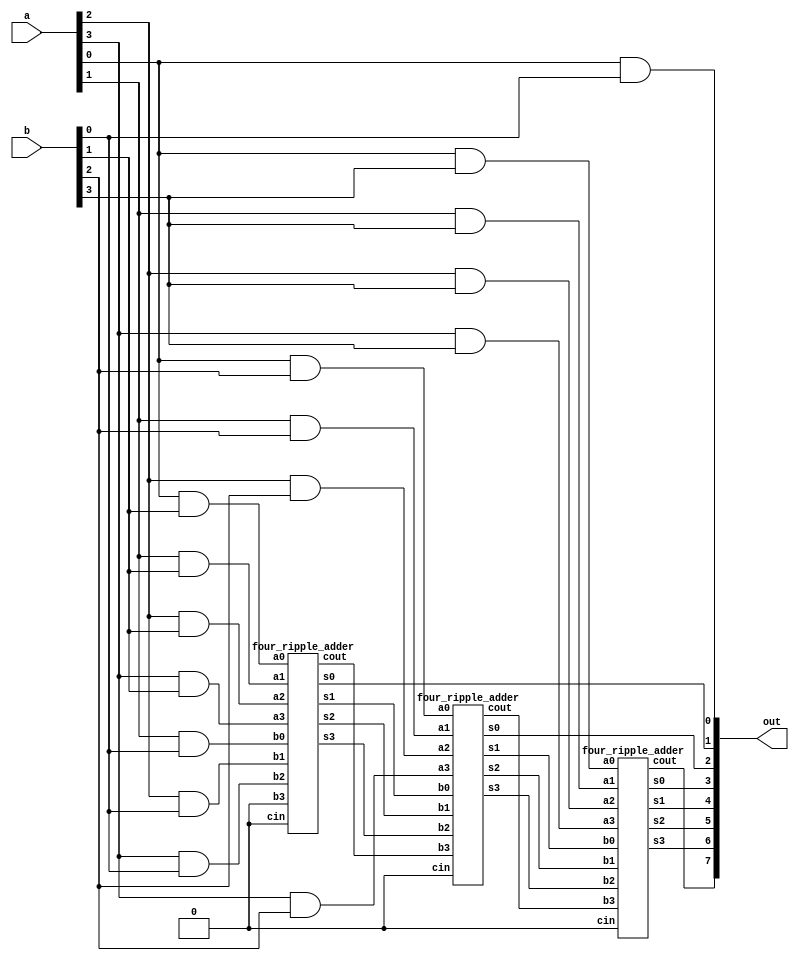
module multiplier_4b(a,b,out);
input [3:0]a;
input [3:0]b;
output [7:0]out;

wire [3:0]w1,w2,w3,w4;
           
assign w1[0]=a[0]&b[0];
assign w1[1]=a[1]&b[0];
assign w1[2]=a[2]&b[0];
assign w1[3]=a[3]&b[0];

assign w2[0]=a[0]&b[1];
assign w2[1]=a[1]&b[1];
assign w2[2]=a[2]&b[1];
assign w2[3]=a[3]&b[1];

assign w3[0]=a[0]&b[2];
assign w3[1]=a[1]&b[2];
assign w3[2]=a[2]&b[2];
assign w3[3]=a[3]&b[2];

assign w4[0]=a[0]&b[3];
assign w4[1]=a[1]&b[3];
assign w4[2]=a[2]&b[3];
assign w4[3]=a[3]&b[3];

wire x1,x2,x3,x4,x5,x6,v1,v2;

assign out[0]=a[0]&b[0];
four_ripple_adder f1(out[1],x1,x2,x3,v1,w2[0],w2[1],w2[2],w2[3],w1[1],w1[2],w1[3],1'b0,1'b0);
four_ripple_adder f2(out[2],x4,x5,x6,v2,w3[0],w3[1],w3[2],w3[3],x1,x2,x3,v1,1'b0);
four_ripple_adder f3(out[3],out[4],out[5],out[6],out[7],w4[0],w4[1],w4[2],w4[3],x4,x5,x6,v2,1'b0);
endmodule

module four_ripple_adder(s0,s1,s2,s3,cout,a0,a1,a2,a3,b0,b1,b2,b3,cin);
input a0,a1,a2,a3,b0,b1,b2,b3;
input cin;
output s0,s1,s2,s3,cout;
wire w0,w1,w2,w3;

fa f1(a0,b0,cin,s0,w0);
fa f2(a1,b1,w0,s1,w1);
fa f3(a2,b2,w1,s2,w2);
fa f4(a3,b3,w2,s3,cout);
endmodule

module fa(x,y,z,sum,out);
input  x,y,z;
output out,sum;
wire w1,w2,w3;

xor x1(sum,x,y,z);
and a1(w1,x,y);
and a2(w2,x,z);
and a3(w3,y,z);
or o1(out,w1,w2,w3);
endmodule